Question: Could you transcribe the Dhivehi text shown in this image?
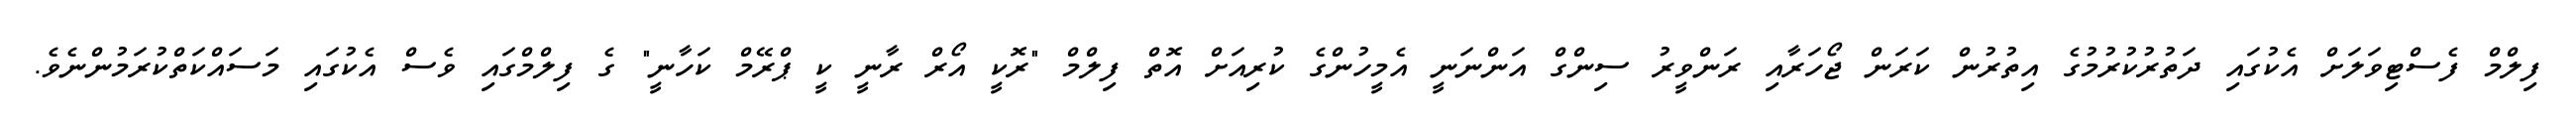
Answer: ފިލްމް ފެސްޓިވަލަށް އެކުގައި ދަތުރުކުރުމުގެ އިތުރުން ކަރަން ޖޯހަރާއި ރަންވީރު ސިންގް އަންނަނީ އެމީހުންގެ ކުރިއަށް އޮތް ފިލްމް "ރޮކީ އޯރް ރާނީ ކީ ޕްރޭމް ކަހާނީ" ގެ ފިލްމްގައި ވެސް އެކުގައި މަސައްކަތްކުރަމުންނެވެ.